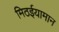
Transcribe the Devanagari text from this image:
मिठईयामान